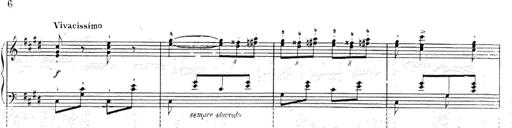
Title: Le rossignol
Composer: Franz Liszt